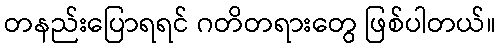
တနည်းပြောရရင် ဂတိတရားတွေ ဖြစ်ပါတယ်။